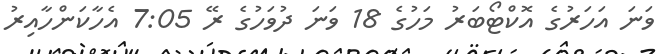
ވަނަ އަހަރުގެ އޮކްޓޯބަރު މަހުގެ 18 ވަނަ ދުވަހުގެ ރޭ 7:05 އެހާކަންހާއިރު